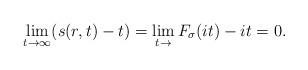
LaTeX: \begin{align*} \lim_{t\rightarrow\infty}(s(r,t)-t)=\lim_{t\rightarrow} F_\sigma(it)-it=0.\end{align*}